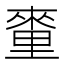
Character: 𨤭